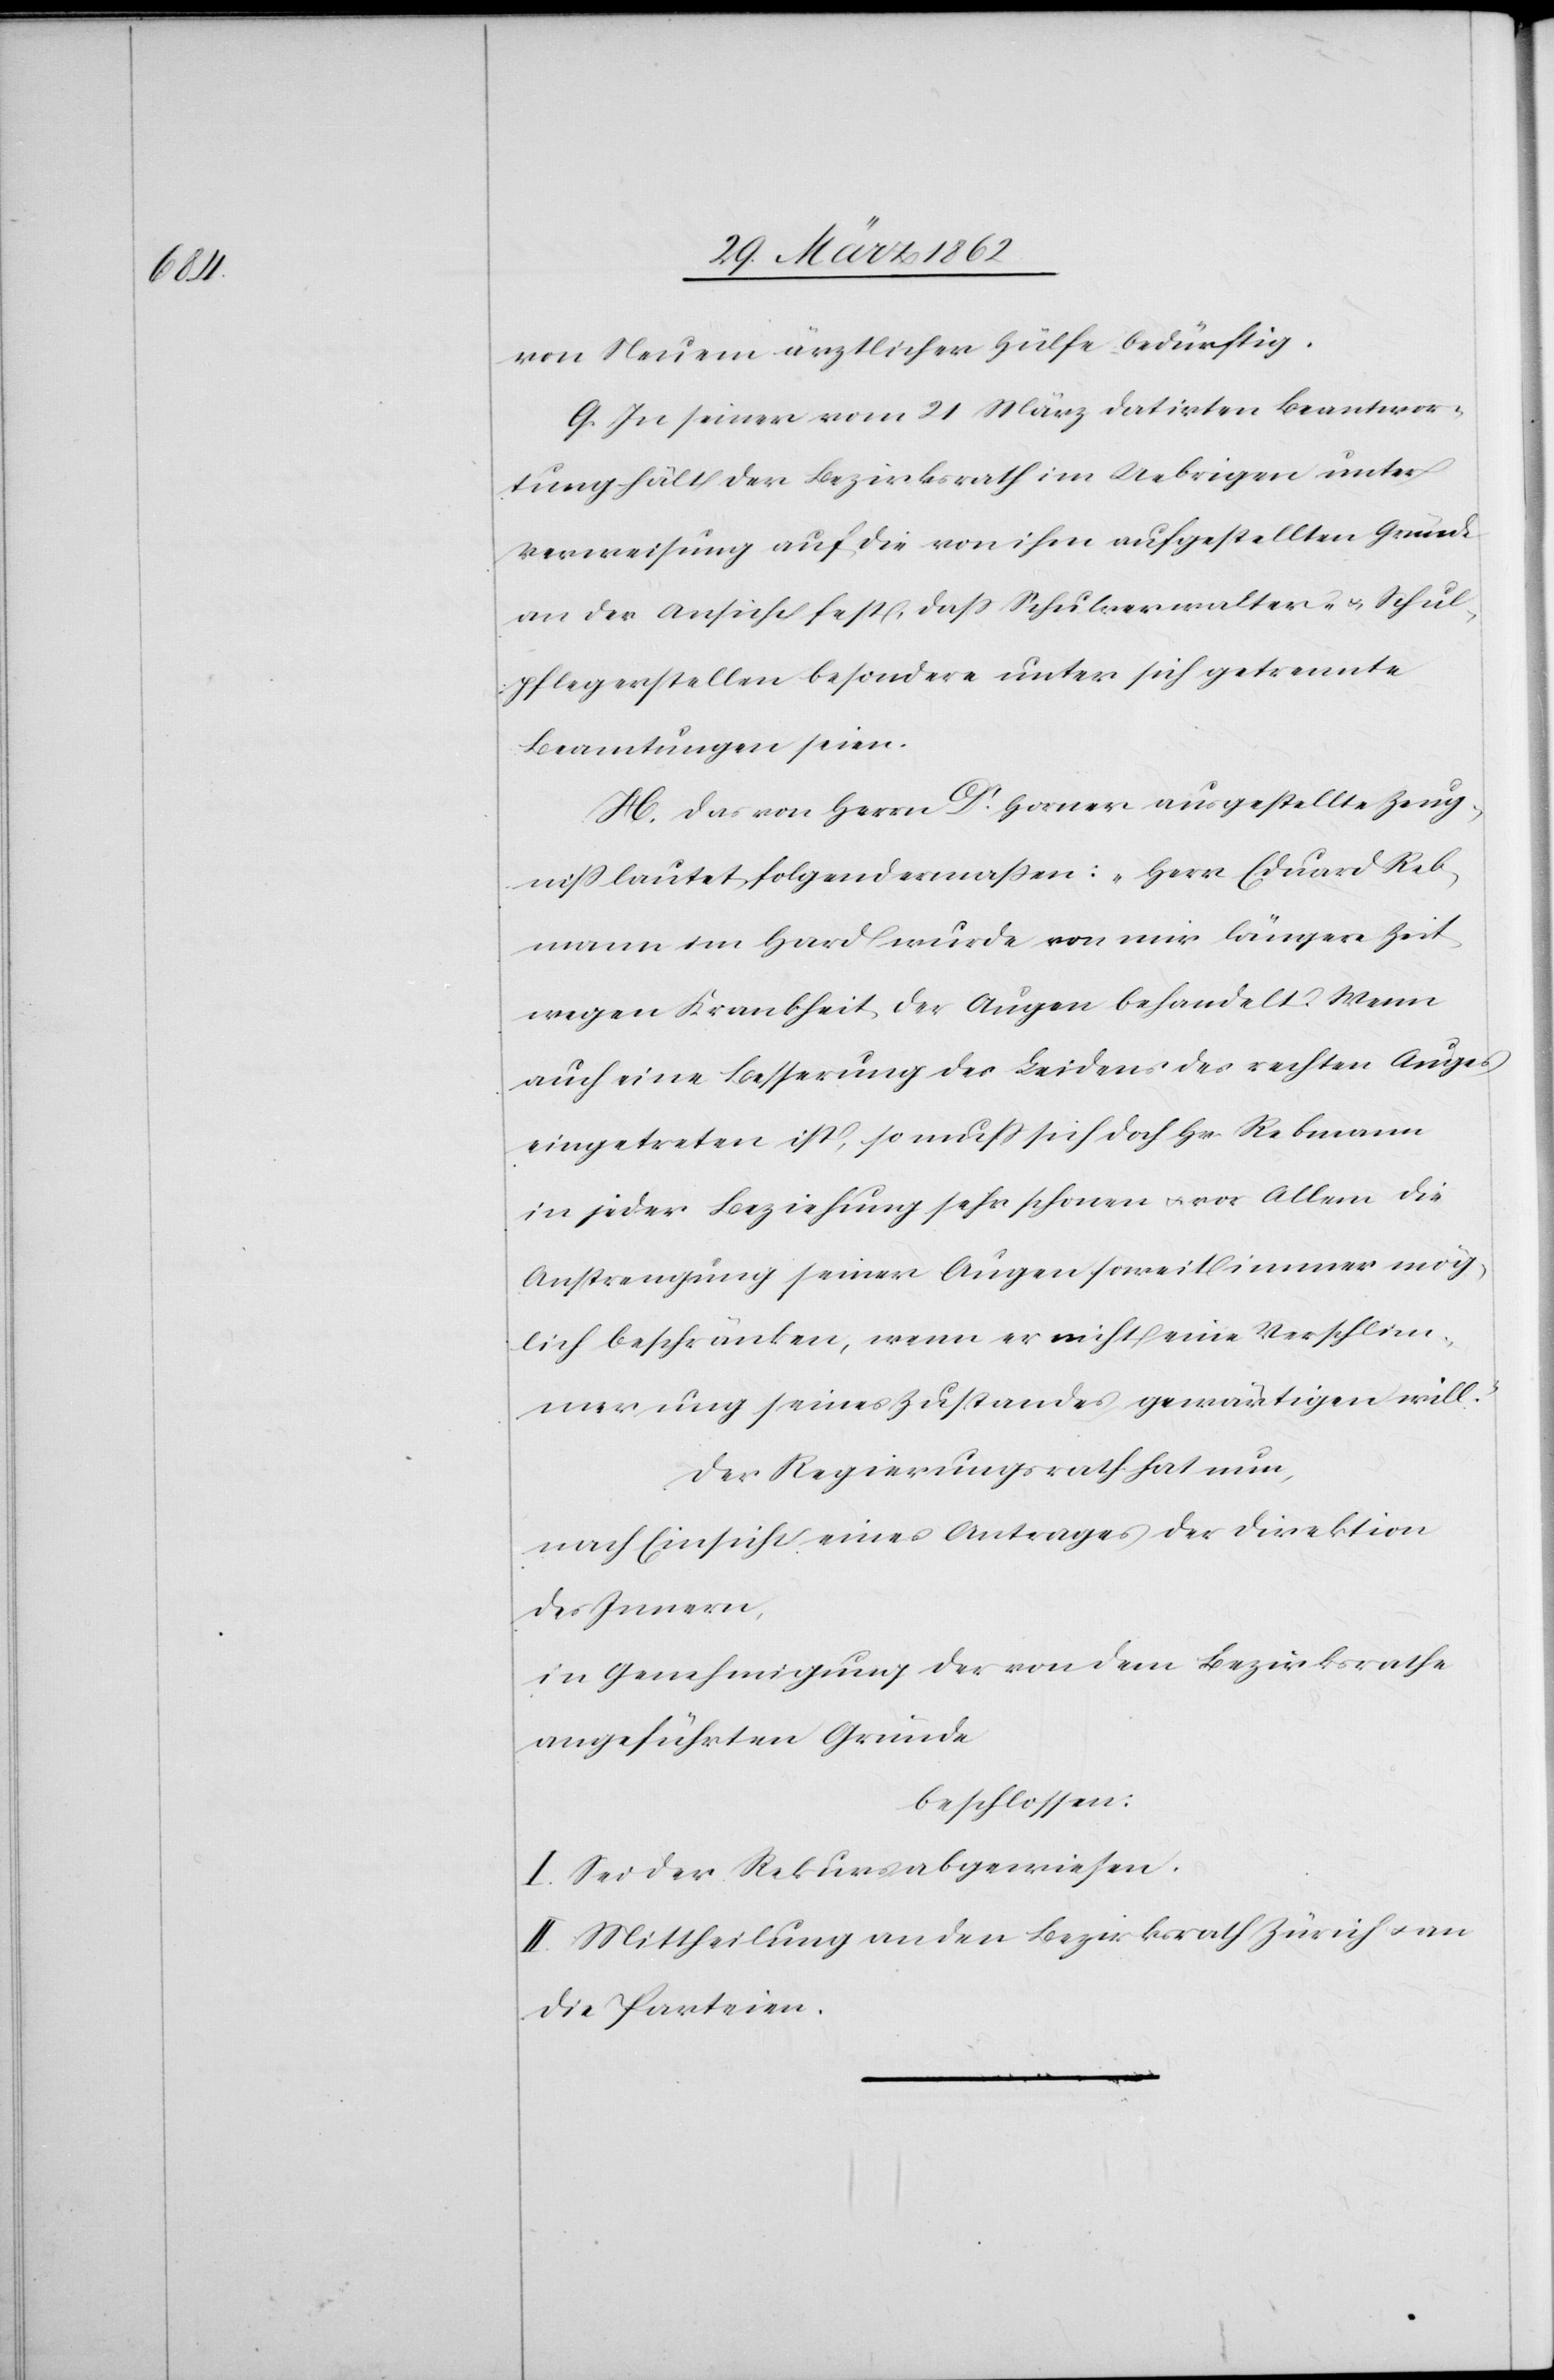
von Neuem ärztlicher Hülfe bedürftig.
G. In seiner vom 21 März datirten Beantwor¬
tung hält der Bezirksrath im Uebrigen unter
Verweisung auf die von ihm aufgestellten Gründe
an der Ansicht fest, daß Schulverwalter- u. Schul¬
pflegerstellen besondere unter sich getrennte
Beamtungen seien.
H. Das von Herrn Dr. Horner ausgestellte Zeug¬
niß lautet folgendermaßen: „Herr Eduard Reb¬
mann im Hard wurde von mir längere Zeit
wegen Krankheit der Augen behandelt. Wenn
auch eine Besserung des Leidens des rechten Auges
eingetreten ist, so muß sich doch Hr Rebmann
in jeder Beziehung sehr schonen u. vor Allem die
Anstrengung seiner Augen soweit immer mög¬
lich beschränken, wenn er nicht eine Verschlim¬
merung seines Zustandes gewärtigen will.
Der Regierungsrath hat nun,
nach Einsicht eines Antrages der Direktion
des Innern,
in Genehmigung der von dem Bezirksrathe
angeführten Gründe
beschlossen:
I. Sei der Rekurs abgewiesen.
II. Mittheilung an den Bezirksrath Zürich u. an
die Parteien.